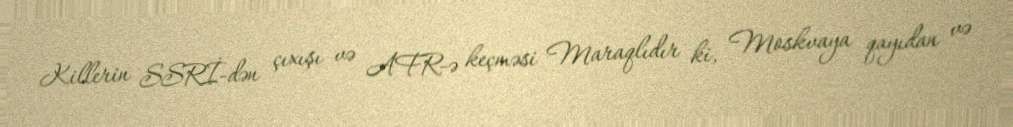
Killerin SSRİ-dən çıxışı və AFR-ə keçməsi Maraqlıdır ki, Moskvaya qayıdan və